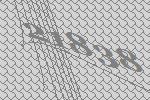
21838